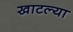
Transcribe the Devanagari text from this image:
खाटल्या